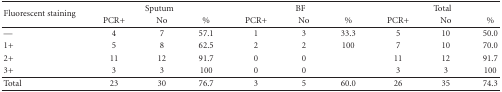
<table><thead><tr><td rowspan="2"><b>Fluorescent staining</b></td><td colspan="3"><b>Sputum</b></td><td colspan="3"><b>BF</b></td><td colspan="3"><b>Total</b></td></tr><tr><td><b>PCR+</b></td><td><b>No</b></td><td><b>%</b></td><td><b>PCR+</b></td><td><b>No</b></td><td><b>%</b></td><td><b>PCR+</b></td><td><b>No</b></td><td><b>%</b></td></tr></thead><tbody><tr><td>—</td><td>4</td><td>7</td><td>57.1</td><td>1</td><td>3</td><td>33.3</td><td>5</td><td>10</td><td>50.0</td></tr><tr><td>1+</td><td>5</td><td>8</td><td>62.5</td><td>2</td><td>2</td><td>100</td><td>7</td><td>10</td><td>70.0</td></tr><tr><td>2+</td><td>11</td><td>12</td><td>91.7</td><td>0</td><td>0</td><td> </td><td>11</td><td>12</td><td>91.7</td></tr><tr><td>3+</td><td>3</td><td>3</td><td>100</td><td>0</td><td>0</td><td> </td><td>3</td><td>3</td><td>100</td></tr><tr><td>Total</td><td>23</td><td>30</td><td>76.7</td><td>3</td><td>5</td><td>60.0</td><td>26</td><td>35</td><td>74.3</td></tr></tbody></table>